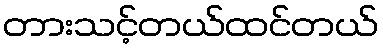
တားသင့်တယ်ထင်တယ်